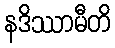
နဒိဿာမီတိ